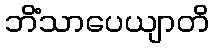
ဘိံသာပေယျာတိ